Sanitation, dispensaries and jails vaccination Rajputana 1922-1927 - 1922-1927
Year: 1922
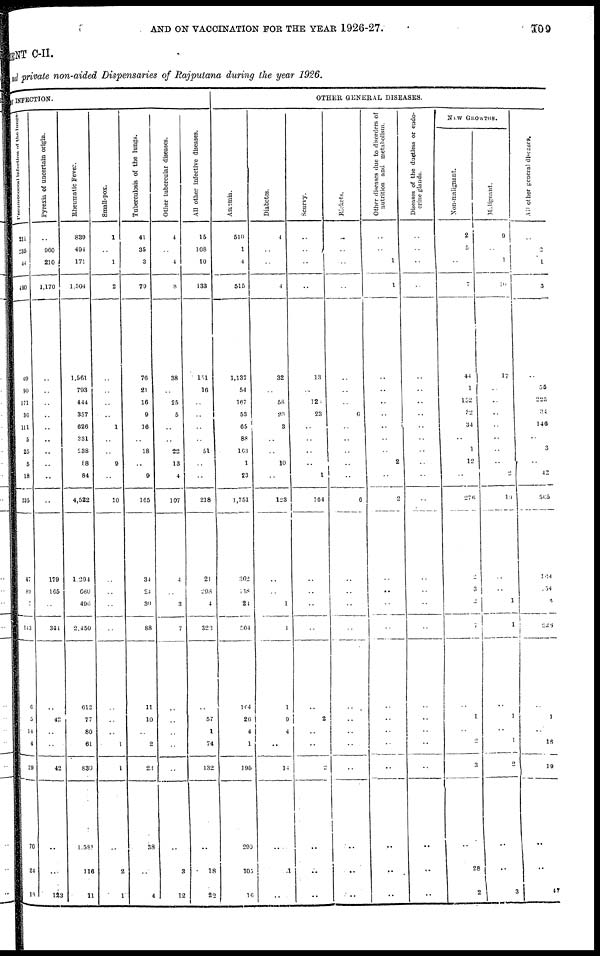
AND ON VACCINATION FOR THE YEAR 1926-27.
109
ENT C-II.
fund private non-aided Dispensaries of Rajputana during the year 1926.
INFECTION.
Pneumococcal infection of the lungs.
211
235
44
490
69
90
171
36
111
5
25
5
18
535
47
89
7
143
6
5
14
4
29
70
24
18
Pyrexia of uncertain origin.
..
900
210
1,170
..
..
..
..
..
..
..
..
..
..
179
165
..
344
..
42
..
..
42
..
..
123
Rheumatic Fever.
839
494
171
1,504
1,561
793
444
357
626
331
238
88
84
4,522
1,294
660
496
2,450
612
77
80
61
830
1,581
116
11
Small-pox.
1
..
1
2
..
..
..
..
1
..
..
9
..
10
..
..
..
..
..
..
..
1
1
..
2
1
Tuberculosis of the lungs.
41
35
3
79
76
21
16
9
16
..
18
..
9
165
34
24
30
88
11
10
..
2
23
38
..
4
Other tubercular diseases.
4
..
4
8
38
..
25
5
..
..
22
13
4
107
4
..
3
7
..
..
..
..
..
..
3
12
All other infective diseases.
15
108
10
133
151
16
..
..
..
..
51
..
..
218
21
298
4
323
..
57
1
74
132
..
18
22
OTHER GENERAL DISEASES.
Anæmia.
510
1
4
515
1,137
54
167
53
65
88
163
1
23
1,751
362
118
24
504
164
26
4
1
195
299
105
16
Diabetes.
4
..
..
4
32
..
58
20
3
..
..
10
..
123
..
..
1
1
1
9
4
..
14
..
1
..
Scurvy.
..
..
..
..
13
..
12
23
..
..
..
..
1
164
..
..
..
..
..
2
..
..
2
..
..
..
Rickets.
..
..
..
..
..
..
..
6
..
..
..
..
..
6
..
..
..
..
..
..
..
..
..
..
..
..
Other diseases due to disorders of
nutrition and metabolism.
..
..
1
1
..
..
..
..
..
..
..
2
..
2
..
..
..
..
..
..
..
..
..
..
..
..
Diseases of the ductless or endo-
crine glands.
..
..
..
..
..
..
..
..
..
..
..
..
..
..
..
..
..
..
..
..
..
..
..
..
..
..
NEW
GROWTHS.
Non-malignant.
2
5
..
7
44
1
152
32
34
..
1
12
..
276
..
3
2
7
..
1
..
2
3
..
28
2
Malignant.
9
..
1
10
17
..
..
..
..
..
..
..
2
19
..
..
1
1
..
1
..
1
2
..
..
3
All other general diseases.
..
2
1
3
..
55
225
34
146
..
3
..
42
565
164
154
3
226
..
1
..
18
19
..
..
47